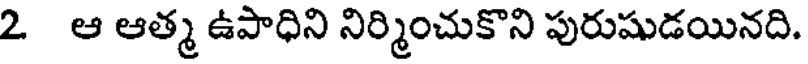
2 ఆ ఆత్మ ఉపాధిని నిర్మించుకొని పురుషుడయినది.